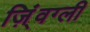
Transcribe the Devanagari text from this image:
ज़िं्वग्ली